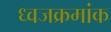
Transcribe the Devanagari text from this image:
ध्वजक्रमांक